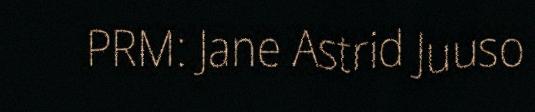
PRM: Jane Astrid Juuso